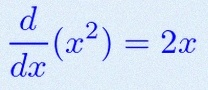
\frac{d}{dx}(x^2)=2x